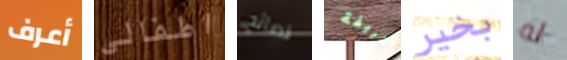
أعرف اطفالي نصائح طريفة بخير له